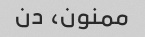
ممنون، دن